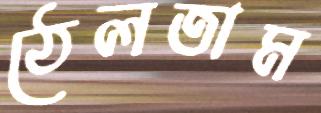
ঠেলতাম